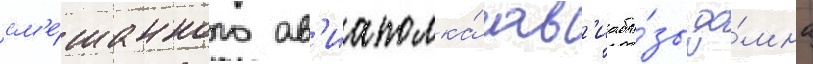
см'е́шанного ав'иаполка́ ав'иаба́зы до́мна